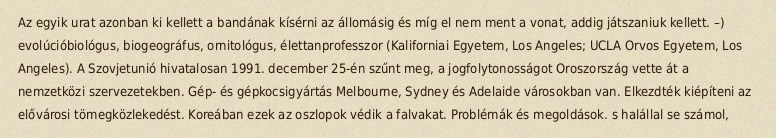
Az egyik urat azonban ki kellett a bandának kísérni az állomásig és míg el nem ment a vonat, addig játszaniuk kellett. –) evolúcióbiológus, biogeográfus, ornitológus, élettanprofesszor (Kaliforniai Egyetem, Los Angeles; UCLA Orvos Egyetem, Los Angeles). A Szovjetunió hivatalosan 1991. december 25-én szűnt meg, a jogfolytonosságot Oroszország vette át a nemzetközi szervezetekben. Gép- és gépkocsigyártás Melbourne, Sydney és Adelaide városokban van. Elkezdték kiépíteni az elővárosi tömegközlekedést. Koreában ezek az oszlopok védik a falvakat. Problémák és megoldások. s halállal se számol,